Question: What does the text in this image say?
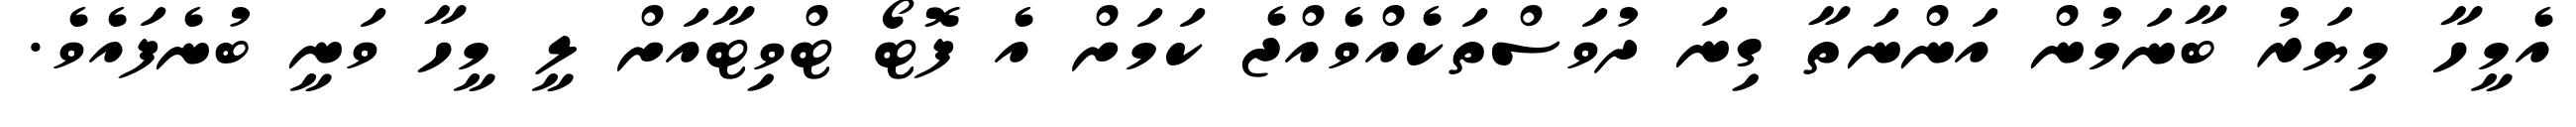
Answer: އެމީހާ މިޔަރު ބާނަމުން އަންނަތާ ގިނަ ދުވަސްތަކެއްވެއްޖެ ކަމަށް އެ ފޮޓޯ ޓްވިޓާއަށް ލީ މީހާ ވަނީ ބުނެފައެވެ.